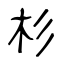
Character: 杉